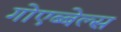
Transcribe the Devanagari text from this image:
गोएब्बेल्स